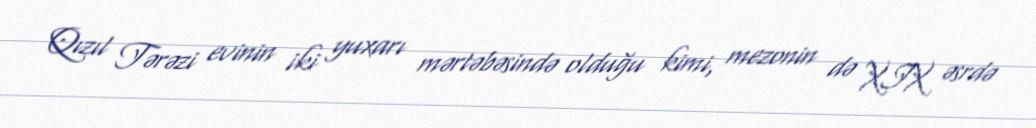
Qızıl Tərəzi evinin iki yuxarı mərtəbəsində olduğu kimi, mezonin də XIX əsrdə